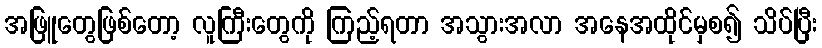
အဖြူတွေဖြစ်တော့ လူကြီးတွေကို ကြည့်ရတာ အသွားအလာ အနေအထိုင်မှစ၍ သိပ်ပြီး